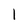
Character: I